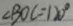
\angle B O C = 1 2 0 ^ { \circ }